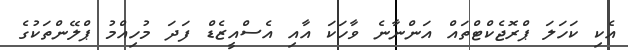
އެކި ކަހަލަ ޕްރޮޖެކްޓްތައް އަންނާނެ ވާހަކަ އާއި އެސްއީޒެޑް ފަދަ މުހިއްމު ޕްލޭންތަކުގެ